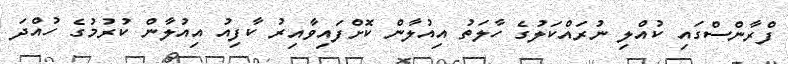
ފްރާންސްގައި ކުއްލި ނުރައްކަލުގެ ހާލަތު އިއުލާން ކޮށްފައިވާއިރު ކާފިއު އިއުލާން ކުރުމުގެ ހުއްދަ